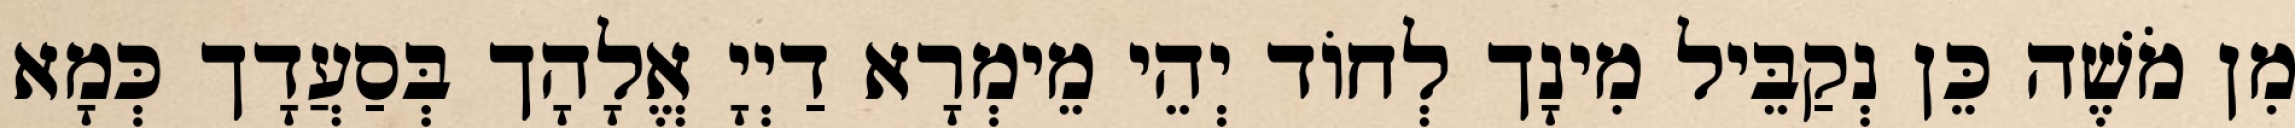
מִן מֹשֶׁה כֵּן נְקַבֵּיל מִינָך לְחוֹד יְהֵי מֵימְרָא דַיְיָ אֱלָהָך בְּסַעֲדָך כְּמָא